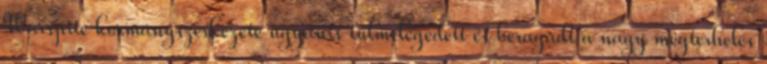
Warspite kormányszerkezete ugyanis túlmelegedett és beragadt a nagy megterhelés